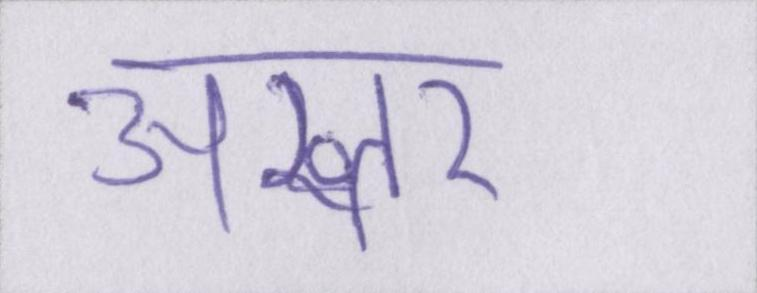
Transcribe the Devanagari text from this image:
अख्तर